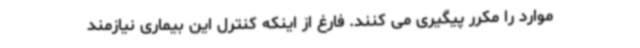
موارد را مکرر پیگیری می کنند. فارغ از اینکه کنترل این بیماری نیازمند